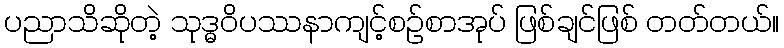
ပညာသိဆိုတဲ့ သုဒ္ဓဝိပဿနာကျင့်စဉ်စာအုပ် ဖြစ်ချင်ဖြစ် တတ်တယ်။